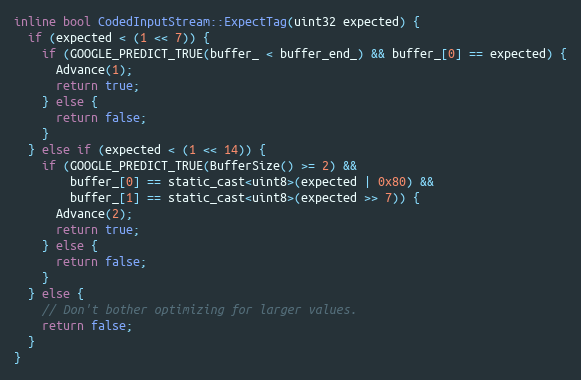
Language: C
inline bool CodedInputStream::ExpectTag(uint32 expected) {
  if (expected < (1 << 7)) {
    if (GOOGLE_PREDICT_TRUE(buffer_ < buffer_end_) && buffer_[0] == expected) {
      Advance(1);
      return true;
    } else {
      return false;
    }
  } else if (expected < (1 << 14)) {
    if (GOOGLE_PREDICT_TRUE(BufferSize() >= 2) &&
        buffer_[0] == static_cast<uint8>(expected | 0x80) &&
        buffer_[1] == static_cast<uint8>(expected >> 7)) {
      Advance(2);
      return true;
    } else {
      return false;
    }
  } else {
    // Don't bother optimizing for larger values.
    return false;
  }
}